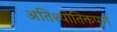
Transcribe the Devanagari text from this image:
अतिश्योतिक्तपूर्ण